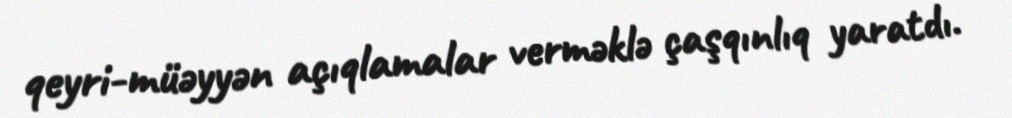
qeyri-müəyyən açıqlamalar verməklə çaşqınlıq yaratdı.